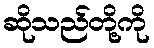
ဆိုသည်တို့ကို